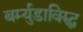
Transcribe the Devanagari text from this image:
बर्म्युडाविरुद्ध